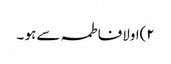
٢)اولافاطمہ سے ہو ۔